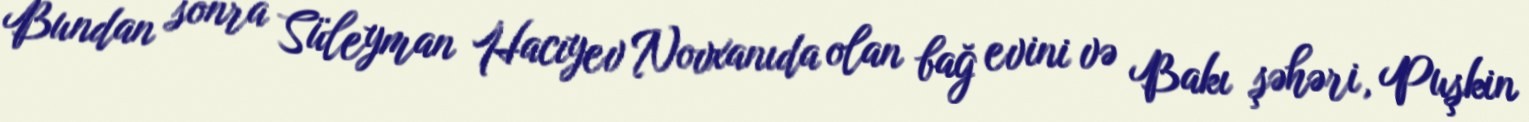
Bundan sonra Süleyman Hacıyev Novxanıda olan bağ evini və Bakı şəhəri, Puşkin